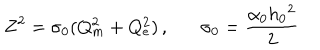
Z ^ { 2 } = \sigma _ { 0 } ( Q _ { m } ^ { 2 } + Q _ { e } ^ { 2 } ) \, , \sigma _ { 0 } = \frac { \alpha _ { 0 } h _ { 0 } { } ^ { 2 } } { 2 }